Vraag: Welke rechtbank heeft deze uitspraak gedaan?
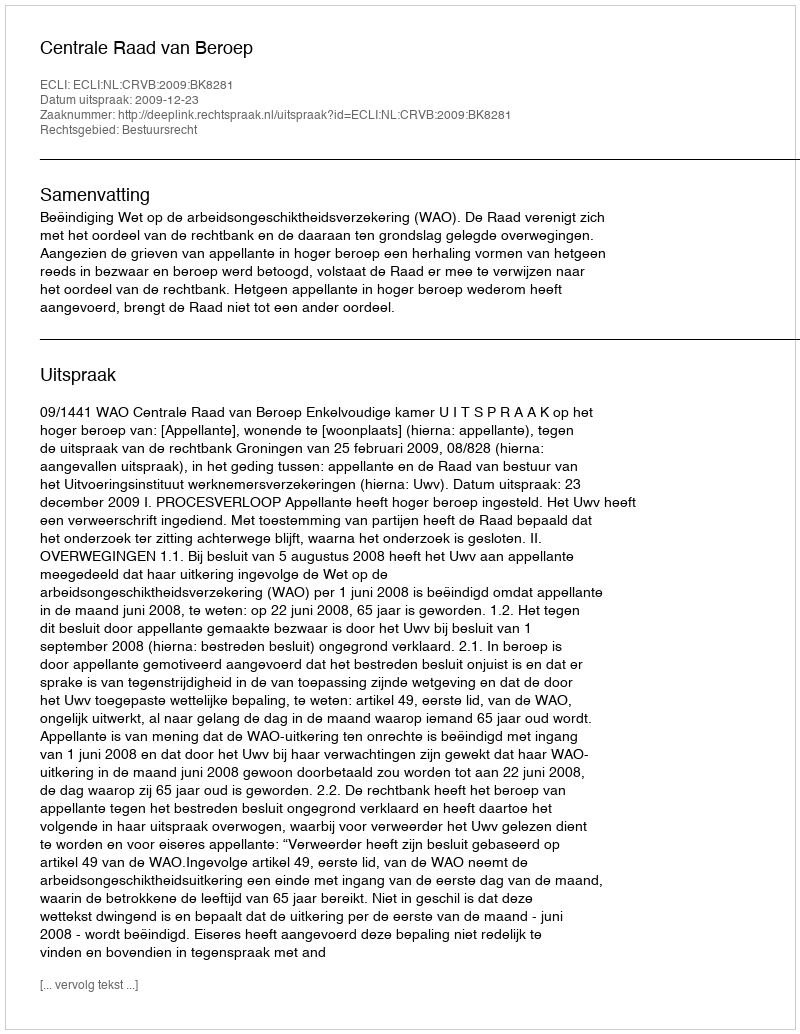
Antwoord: Centrale Raad van Beroep